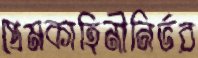
প্রেমকাহিনীনির্ভর